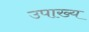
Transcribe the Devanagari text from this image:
उपाख्‍य